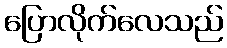
ပြောလိုက်လေသည်